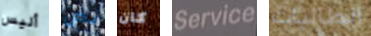
أليس نحن كان Service الطالبات